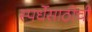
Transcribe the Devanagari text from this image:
स्पर्धेसाठीची